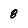
Character: 8